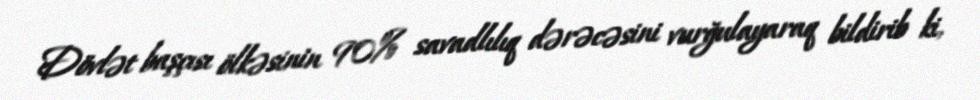
Dövlət başçısı ölkəsinin 90% savadlılıq dərəcəsini vurğulayaraq bildirib ki,